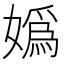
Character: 嬀